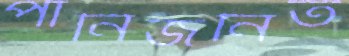
পানিজনিত